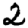
Digit: 2